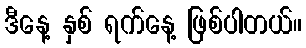
ဒီနေ့ နှစ် ရက်နေ့ ဖြစ်ပါတယ်။